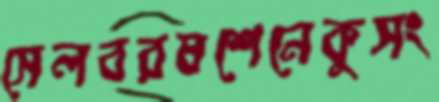
সেলবরষশেনেকুসং